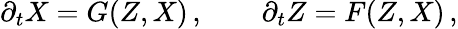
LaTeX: \partial_{t}X=G(Z,X)\, ,\qquad\partial_{t}Z=F(Z,X)\, ,